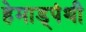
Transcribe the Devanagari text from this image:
हेमाड्पंथी